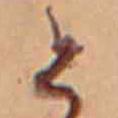
と